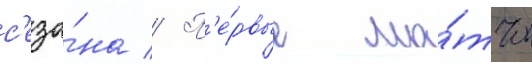
с'езо́на // П'е́рвые ма́тчи